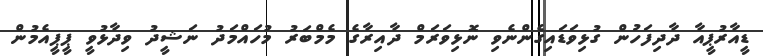
ޑީއާރުޕީއާ ދާދިފަހުން ގުޅިވަޑައިގެންނެވި ނޮޅިވަރަމް ދާއިރާގެ މެމްބަރު މުހައްމަދު ނަޝީދު ވިދާޅުވީ ޕީޕީއެމުން